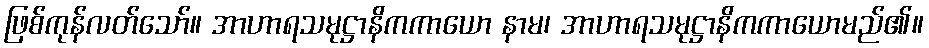
ဖြစ်ကုန်လတ်သော်။ အာဟာရသမုဋ္ဌာနိကကာယော နာမ၊ အာဟာရသမုဋ္ဌာနိကကာယောမည်၏။